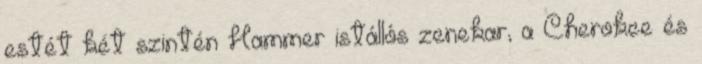
estét két szintén Hammer istállós zenekar, a Cherokee és